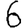
Digit: 6